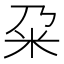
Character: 𫂲